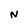
Character: N